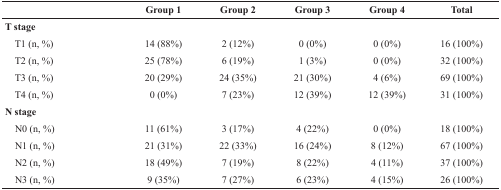
<table><thead><tr><td></td><td><b>Group 1</b></td><td><b>Group 2</b></td><td><b>Group 3</b></td><td><b>Group 4</b></td><td><b>Total</b></td></tr></thead><tbody><tr><td><b>T stage</b></td><td></td><td></td><td></td><td></td><td></td></tr><tr><td> T1 (n, %)</td><td>14 (88%)</td><td>2 (12%)</td><td>0 (0%)</td><td>0 (0%)</td><td>16 (100%)</td></tr><tr><td> T2 (n, %)</td><td>25 (78%)</td><td>6 (19%)</td><td>1 (3%)</td><td>0 (0%)</td><td>32 (100%)</td></tr><tr><td> T3 (n, %)</td><td>20 (29%)</td><td>24 (35%)</td><td>21 (30%)</td><td>4 (6%)</td><td>69 (100%)</td></tr><tr><td> T4 (n, %)</td><td>0 (0%)</td><td>7 (23%)</td><td>12 (39%)</td><td>12 (39%)</td><td>31 (100%)</td></tr><tr><td><b>N stage</b></td><td></td><td></td><td></td><td></td><td></td></tr><tr><td> N0 (n, %)</td><td>11 (61%)</td><td>3 (17%)</td><td>4 (22%)</td><td>0 (0%)</td><td>18 (100%)</td></tr><tr><td> N1 (n, %)</td><td>21 (31%)</td><td>22 (33%)</td><td>16 (24%)</td><td>8 (12%)</td><td>67 (100%)</td></tr><tr><td> N2 (n, %)</td><td>18 (49%)</td><td>7 (19%)</td><td>8 (22%)</td><td>4 (11%)</td><td>37 (100%)</td></tr><tr><td> N3 (n, %)</td><td>9 (35%)</td><td>7 (27%)</td><td>6 (23%)</td><td>4 (15%)</td><td>26 (100%)</td></tr></tbody></table>